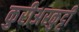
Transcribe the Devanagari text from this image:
कुरीअरकुट्टी